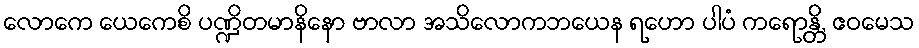
လောကေ ယေကေစိ ပဏ္ဍိတမာနိနော ဗာလာ အသိလောကဘယေန ရဟော ပါပံ ကရောန္တိ, ဧဝမေသ